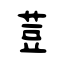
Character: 荳